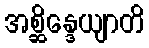
အစ္ဆိန္ဒေယျာတိ